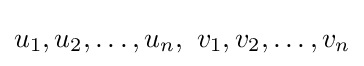
u_{1},u_{2},\dots ,u_{n},\ v_{1},v_{2},\dots ,v_{n}